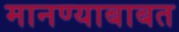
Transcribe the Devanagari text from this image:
मानण्याबाबत